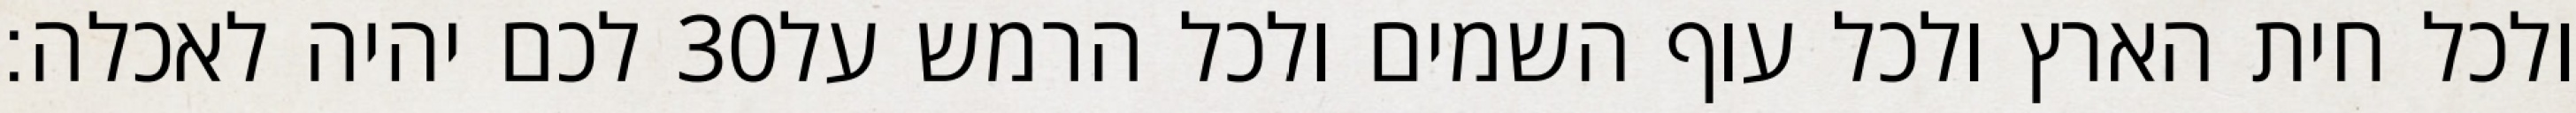
לכם יהיה לאכלה׃ ‎30‏ ולכל חית הארץ ולכל עוף השמים ולכל הרמש על